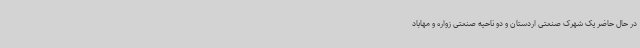
در حال حاضر یک شهرک صنعتی اردستان و دو ناحیه صنعتی زواره و مهاباد